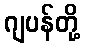
ဂျပန်တို့